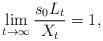
LaTeX: \begin{align*} \lim_{t \to \infty} \frac{s_0 L_t}{X_t}= 1 , \end{align*}